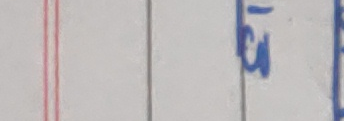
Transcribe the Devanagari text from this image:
१३